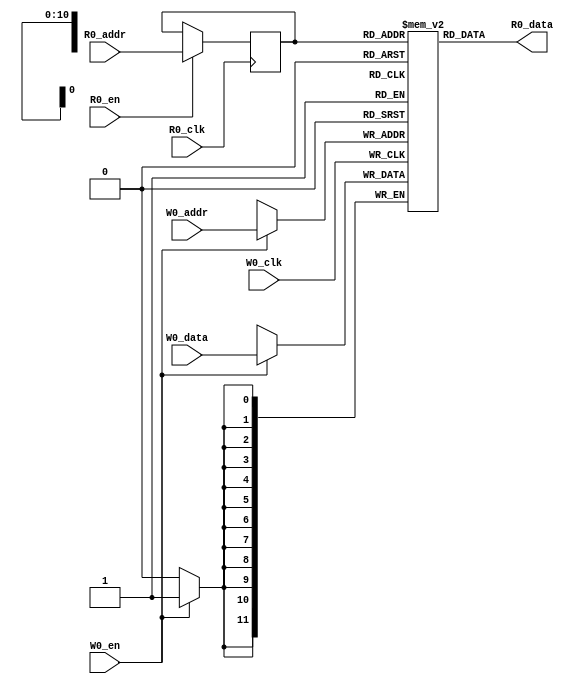
// name:array_5_ext depth:2048 width:12 masked:false maskGran:12 maskSeg:1
module array_5_ext(
  input R0_clk,
  input [10:0] R0_addr,
  input R0_en,
  output [11:0] R0_data,
  input W0_clk,
  input [10:0] W0_addr,
  input W0_en,
  input [11:0] W0_data
);


  reg reg_R0_ren;
  reg [10:0] reg_R0_addr;
  reg [11:0] ram [2047:0];
  `ifdef RANDOMIZE_MEM_INIT
    integer initvar;
    initial begin
      #`RANDOMIZE_DELAY begin end
      for (initvar = 0; initvar < 2048; initvar = initvar+1)
        ram[initvar] = {1 {$random}};
      reg_R0_addr = {1 {$random}};
    end
  `endif
  always @(posedge R0_clk)
    reg_R0_ren <= R0_en;
  always @(posedge R0_clk)
    if (R0_en) reg_R0_addr <= R0_addr;
  always @(posedge W0_clk)
    if (W0_en) begin
      ram[W0_addr][11:0] <= W0_data[11:0];
    end
  `ifdef RANDOMIZE_GARBAGE_ASSIGN
  reg [31:0] R0_random;
  `ifdef RANDOMIZE_MEM_INIT
    initial begin
      #`RANDOMIZE_DELAY begin end
      R0_random = {$random};
      reg_R0_ren = R0_random[0];
    end
  `endif
  always @(posedge R0_clk) R0_random <= {$random};
  assign R0_data = reg_R0_ren ? ram[reg_R0_addr] : R0_random[11:0];
  `else
  assign R0_data = ram[reg_R0_addr];
  `endif

endmodule